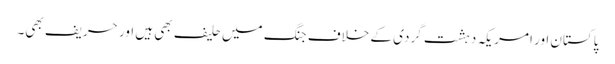
پاکستان اور امریکہ دہشت گردی کے خلاف جنگ میں حلیف بھی ہیں اور حریف بھی۔